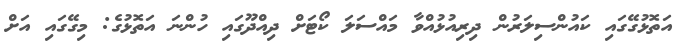
އަތޮޅުގޭގައި ކައުންސިލަރުން ދިރިއުޅުއްވާ މައްސަލަ ކޯޓަށް ދިއްދޫގައި ހުންނަ އަތޮޅުގެ: މިގޭގައި އަށް